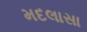
મદલાસા